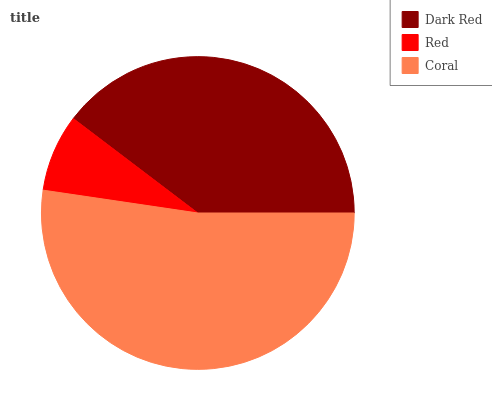
| Dark Red | Red | Coral |
 | --- | --- | --- |
 | 39.6% | 8.01% | 52.4% |